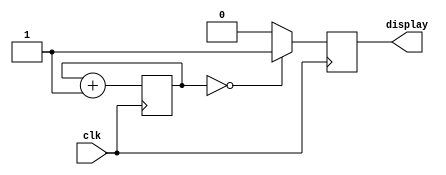

module DisplayClock
#(
    parameter SIGNAL_W = 13,
    parameter REG_W = 5,
    parameter WIDTH = 32,
    parameter FUNCT_W = 6,
    parameter OPCODE_W = 6,
    parameter ALUOP_W = 3
) (
    input  clk, 
    output reg  display 
);
    reg [15:0] t;
    
    always@(posedge clk) t = t + 1;
    
    always@(posedge clk) begin
        if(t == 0)
            display <= 1;
        else
            display <= 0;
    end 

endmodule